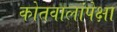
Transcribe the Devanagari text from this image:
कोतवालांपेक्षा